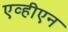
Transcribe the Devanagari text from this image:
एव्हीएन